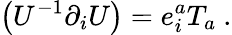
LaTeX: \left(U^{-1}\partial_{i}U\right)=e_{i}^{a}T_{a}\ .